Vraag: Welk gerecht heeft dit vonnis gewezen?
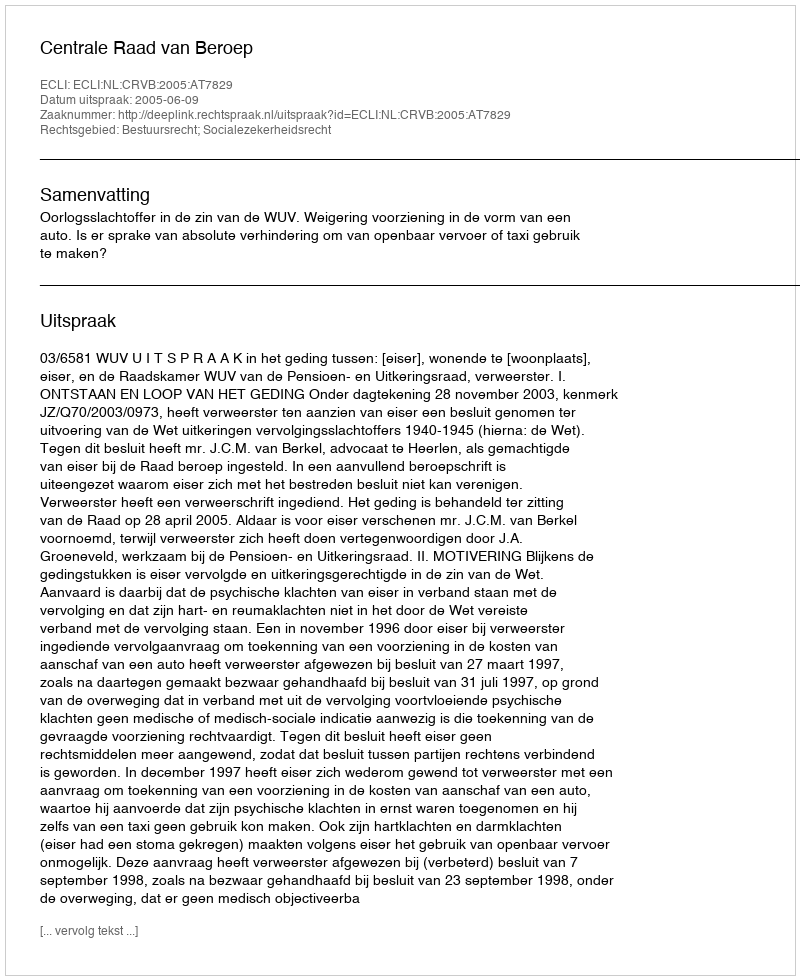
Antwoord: Centrale Raad van Beroep